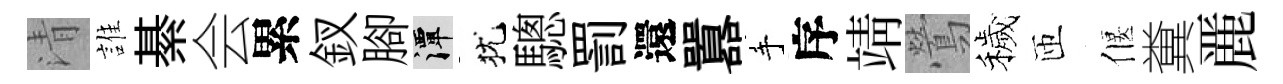
清誰綦会累釵腳潭犹驄罰還囂手序靖鶯穢匝偃糞䴡